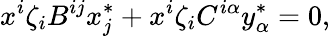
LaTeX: x^{i}\zeta_{i}B^{ij}x_{j}^{*}+x^{i}\zeta_{i}C^{i\alpha}y_{\alpha}^{*}=0,